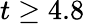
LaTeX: t\geq 4.8